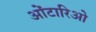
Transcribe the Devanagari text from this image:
ओंटारिओ